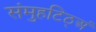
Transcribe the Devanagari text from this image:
संमुहटिठ्‌अं